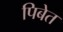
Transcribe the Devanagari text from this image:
पिबेत